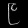
Digit: ၉